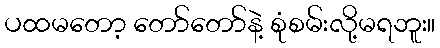
ပထမတော့ တော်တော်နဲ့ စုံစမ်းလို့မရဘူး။